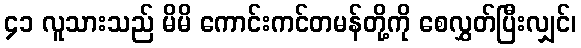
၄၁ လူသားသည် မိမိ ကောင်းကင်တမန်တို့ကို စေလွှတ်ပြီးလျှင်၊